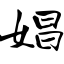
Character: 娼